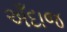
અઁદાજ